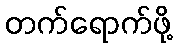
တက်ရောက်ဖို့